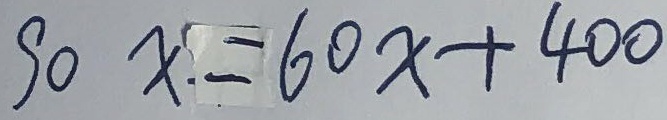
9 0 x = 6 0 x + 4 0 0